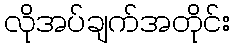
လိုအပ်ချက်အတိုင်း